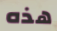
هذه